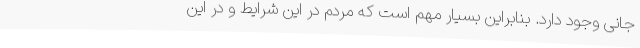
جانی وجود دارد. بنابراین بسیار مهم است که مردم در این شرایط و در این